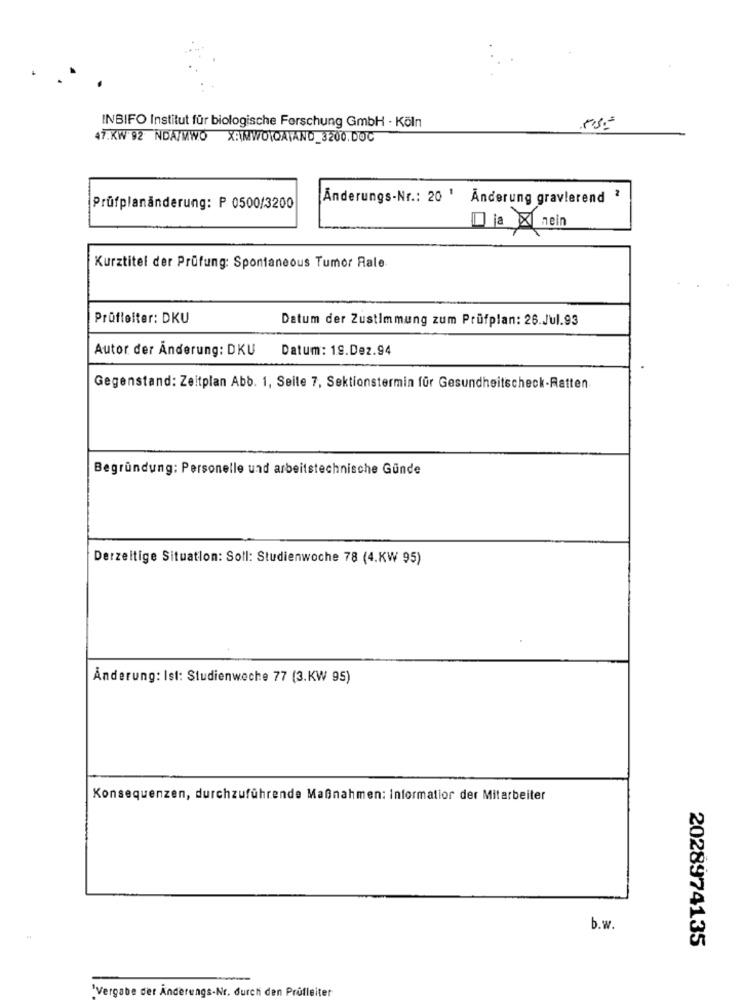
INBIFO Institut für biologische Forschung GmbH · Köln
rs.
47.KW 92 NDA/MWO X:WWOWCAIANO_3200.DOC
Änderungs-Nr .: 20 ' Änderung gravlerend ?
Prüfplanänderung: P 0500/3200
Dia Anein
Kurztitel der Prüfung: Spontaneous Tumor Rale
Prüfleiter: DKU
Datum der Zustimmung zum Prüfplan: 26.Jul.93
Autor der Änderung: DKU
Datum: 19.Dez.94
Gegenstand: Zeitplan Abb. 1, Seile 7, Sektionstermin für Gesundheitscheck-Ratten
Begründung: Personelle und arbeitstechnische Günde
Derzeitige Situation: Soll: Studienwoche 78 (4.KW 95)
Änderung: Ist: Studienwoche 77 (3.KW 95)
Konsequenzen, durchzuführende Maßnahmen: informatior der Mitarbeiter
b.w.
2028974135
'Vergabe der Anderengs-Nr. durch den Prüfleiter